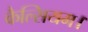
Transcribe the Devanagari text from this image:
कैल्सियम।